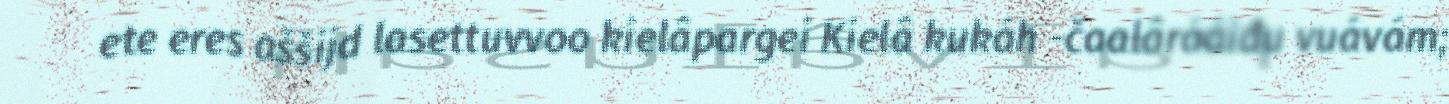
ete eres aššijd lasettuvvoo kielâpargei Kielâ kukáh -čaalârááiđu vuávám;